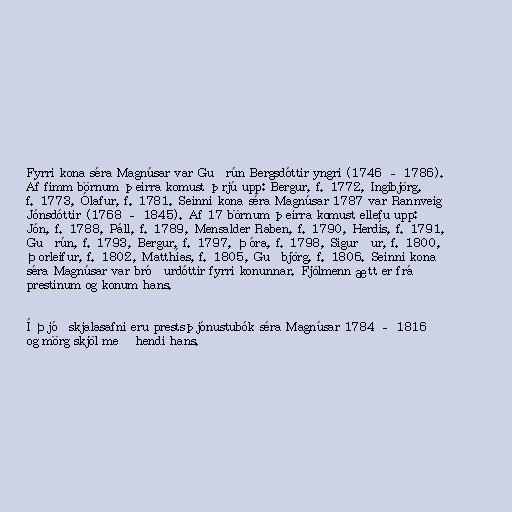
Fyrri kona séra Magnúsar var Guðrún Bergsdóttir yngri (1746 – 1786).
Af fimm börnum þeirra komust þrjú upp: Bergur, f. 1772, Ingibjörg,
f. 1773, Ólafur, f. 1781. Seinni kona séra Magnúsar 1787 var Rannveig
Jónsdóttir (1768 – 1845). Af 17 börnum þeirra komust ellefu upp:
Jón, f. 1788, Páll, f. 1789, Mensalder Raben, f. 1790, Herdís, f. 1791,
Guðrún, f. 1793, Bergur, f. 1797, Þóra, f. 1798, Sigurður, f. 1800,
Þorleifur, f. 1802, Matthías, f. 1805, Guðbjörg, f. 1806. Seinni kona
séra Magnúsar var bróðurdóttir fyrri konunnar. Fjölmenn ætt er frá
prestinum og konum hans.

Í Þjóðskjalasafni eru prestsþjónustubók séra Magnúsar 1784 – 1816
og mörg skjöl með hendi hans.